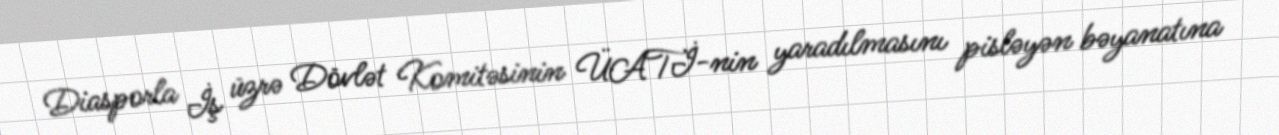
Diasporla İş üzrə Dövlət Komitəsinin ÜATİ-nin yaradılmasını pisləyən bəyanatına